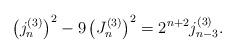
LaTeX: \begin{align*}\left( j_{n}^{(3)}\right) ^{2}-9\left( J_{n}^{(3)}\right)^{2}=2^{n+2}j_{n-3}^{(3)}.\end{align*}